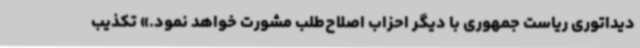
دیداتوری ریاست جمهوری با دیگر احزاب اصلاح‌طلب مشورت خواهد نمود.» تکذیب